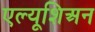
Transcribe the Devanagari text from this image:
एल्यूशिअन